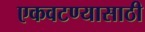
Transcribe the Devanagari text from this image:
एकवटण्यासाठी